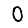
Digit: 0